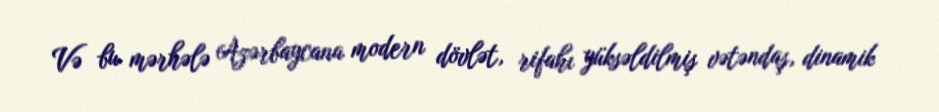
Və bu mərhələ Azərbaycana modern dövlət, rifahı yüksəldilmiş vətəndaş, dinamik